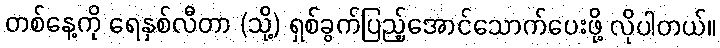
တစ်နေ့ကို ရေနှစ်လီတာ (သို့) ရှစ်ခွက်ပြည့်အောင်သောက်ပေးဖို့ လိုပါတယ်။